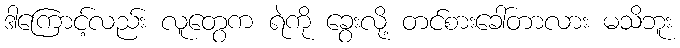
ဒါကြောင့်လည်း လူတွေက ရဲကို ခွေးလို့ တင်စားခေါ်တာလား မသိဘူး